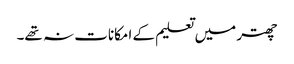
چھتر میں تعلیم کے امکانات نہ تھے۔